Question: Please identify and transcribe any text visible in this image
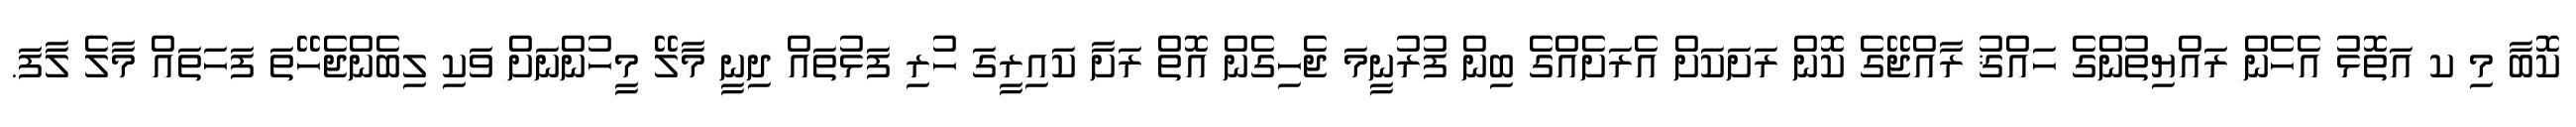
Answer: ކޮބާ މި ކ އަތޮޅު އެހެން ރައްޔިތުންގެ ހައްޤު ރާއްޖޭގެ ކޮން ރަށަކަށް އެރަށެއްގެ ބިން ފުރުނީމަ ޖެހިގެން އޮތް ރަށާ ކައިރީގަ ހުރި ފަޅުތައް ދިނީ މާލޭ މީހުންނަށް ވަކި ލިބެންޖެހޭތަ ފަހަތައް މާލެ ލާފަ.